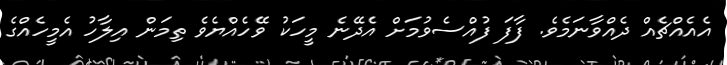
އެއެއްޗެއް ދެއްވާނަމެވެ. ފާފަ ފުއްސެވުމަށް އެދޭނެ މީހަކު ވޭހެއްޔެވެ ތިމަން އިލާހު އެމީހެއްގެ